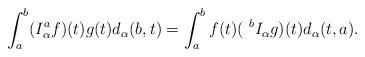
LaTeX: \begin{align*}\int_a^b (I_\alpha^a f)(t) g(t) d_\alpha (b,t)=\int_a^b f(t) (~^{b}I_\alpha g)(t) d_\alpha (t,a).\end{align*}